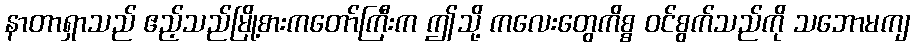
နာတာရှာသည် ဧည့်သည်မြို့စားကတော်ကြီးက ဤသို့ ကလေးတွေကိစ္စ ဝင်စွက်သည်ကို သဘောမကျ